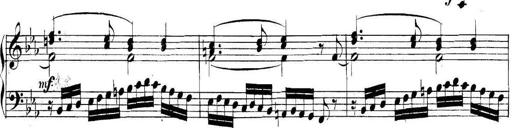
Title: Collected Piano Sonatas
Composer: Muzio Clementi